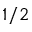
1 / 2